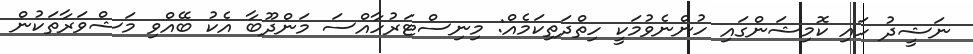
ނަޝީދު ހައި ކޮމިޝަންގައި ހުންނެވުމަކީ ހިތްދަތިކަމެއް: މިނިސްޓަރުހާއްސަ މަންދޫބާ އެކު ބޭއްވި މަޝްވަރާތަކުން